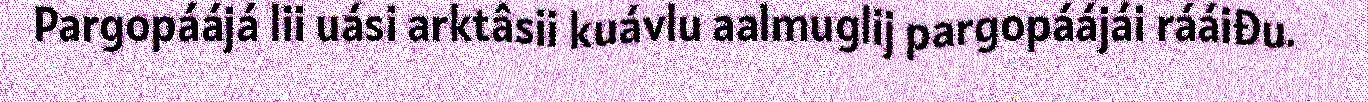
Pargopáájá lii uási arktâsii kuávlu aalmuglij pargopáájái rááiđu.